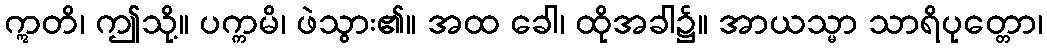
ဣတိ၊ ဤသို့။ ပက္ကမိ၊ ဖဲသွား၏။ အထ ခေါ၊ ထိုအခါ၌။ အာယသ္မာ သာရိပုတ္တော၊